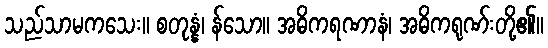
သည်သာမကသေး။ စတုန္နံ၊ န်သော။ အဓိကရဏာနံ၊ အဓိကရုဏ်းတို့၏။